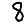
Digit: 8